65_HS1-834228961_62-HQ-83894_Section_9
Agency: FBI
Page 244
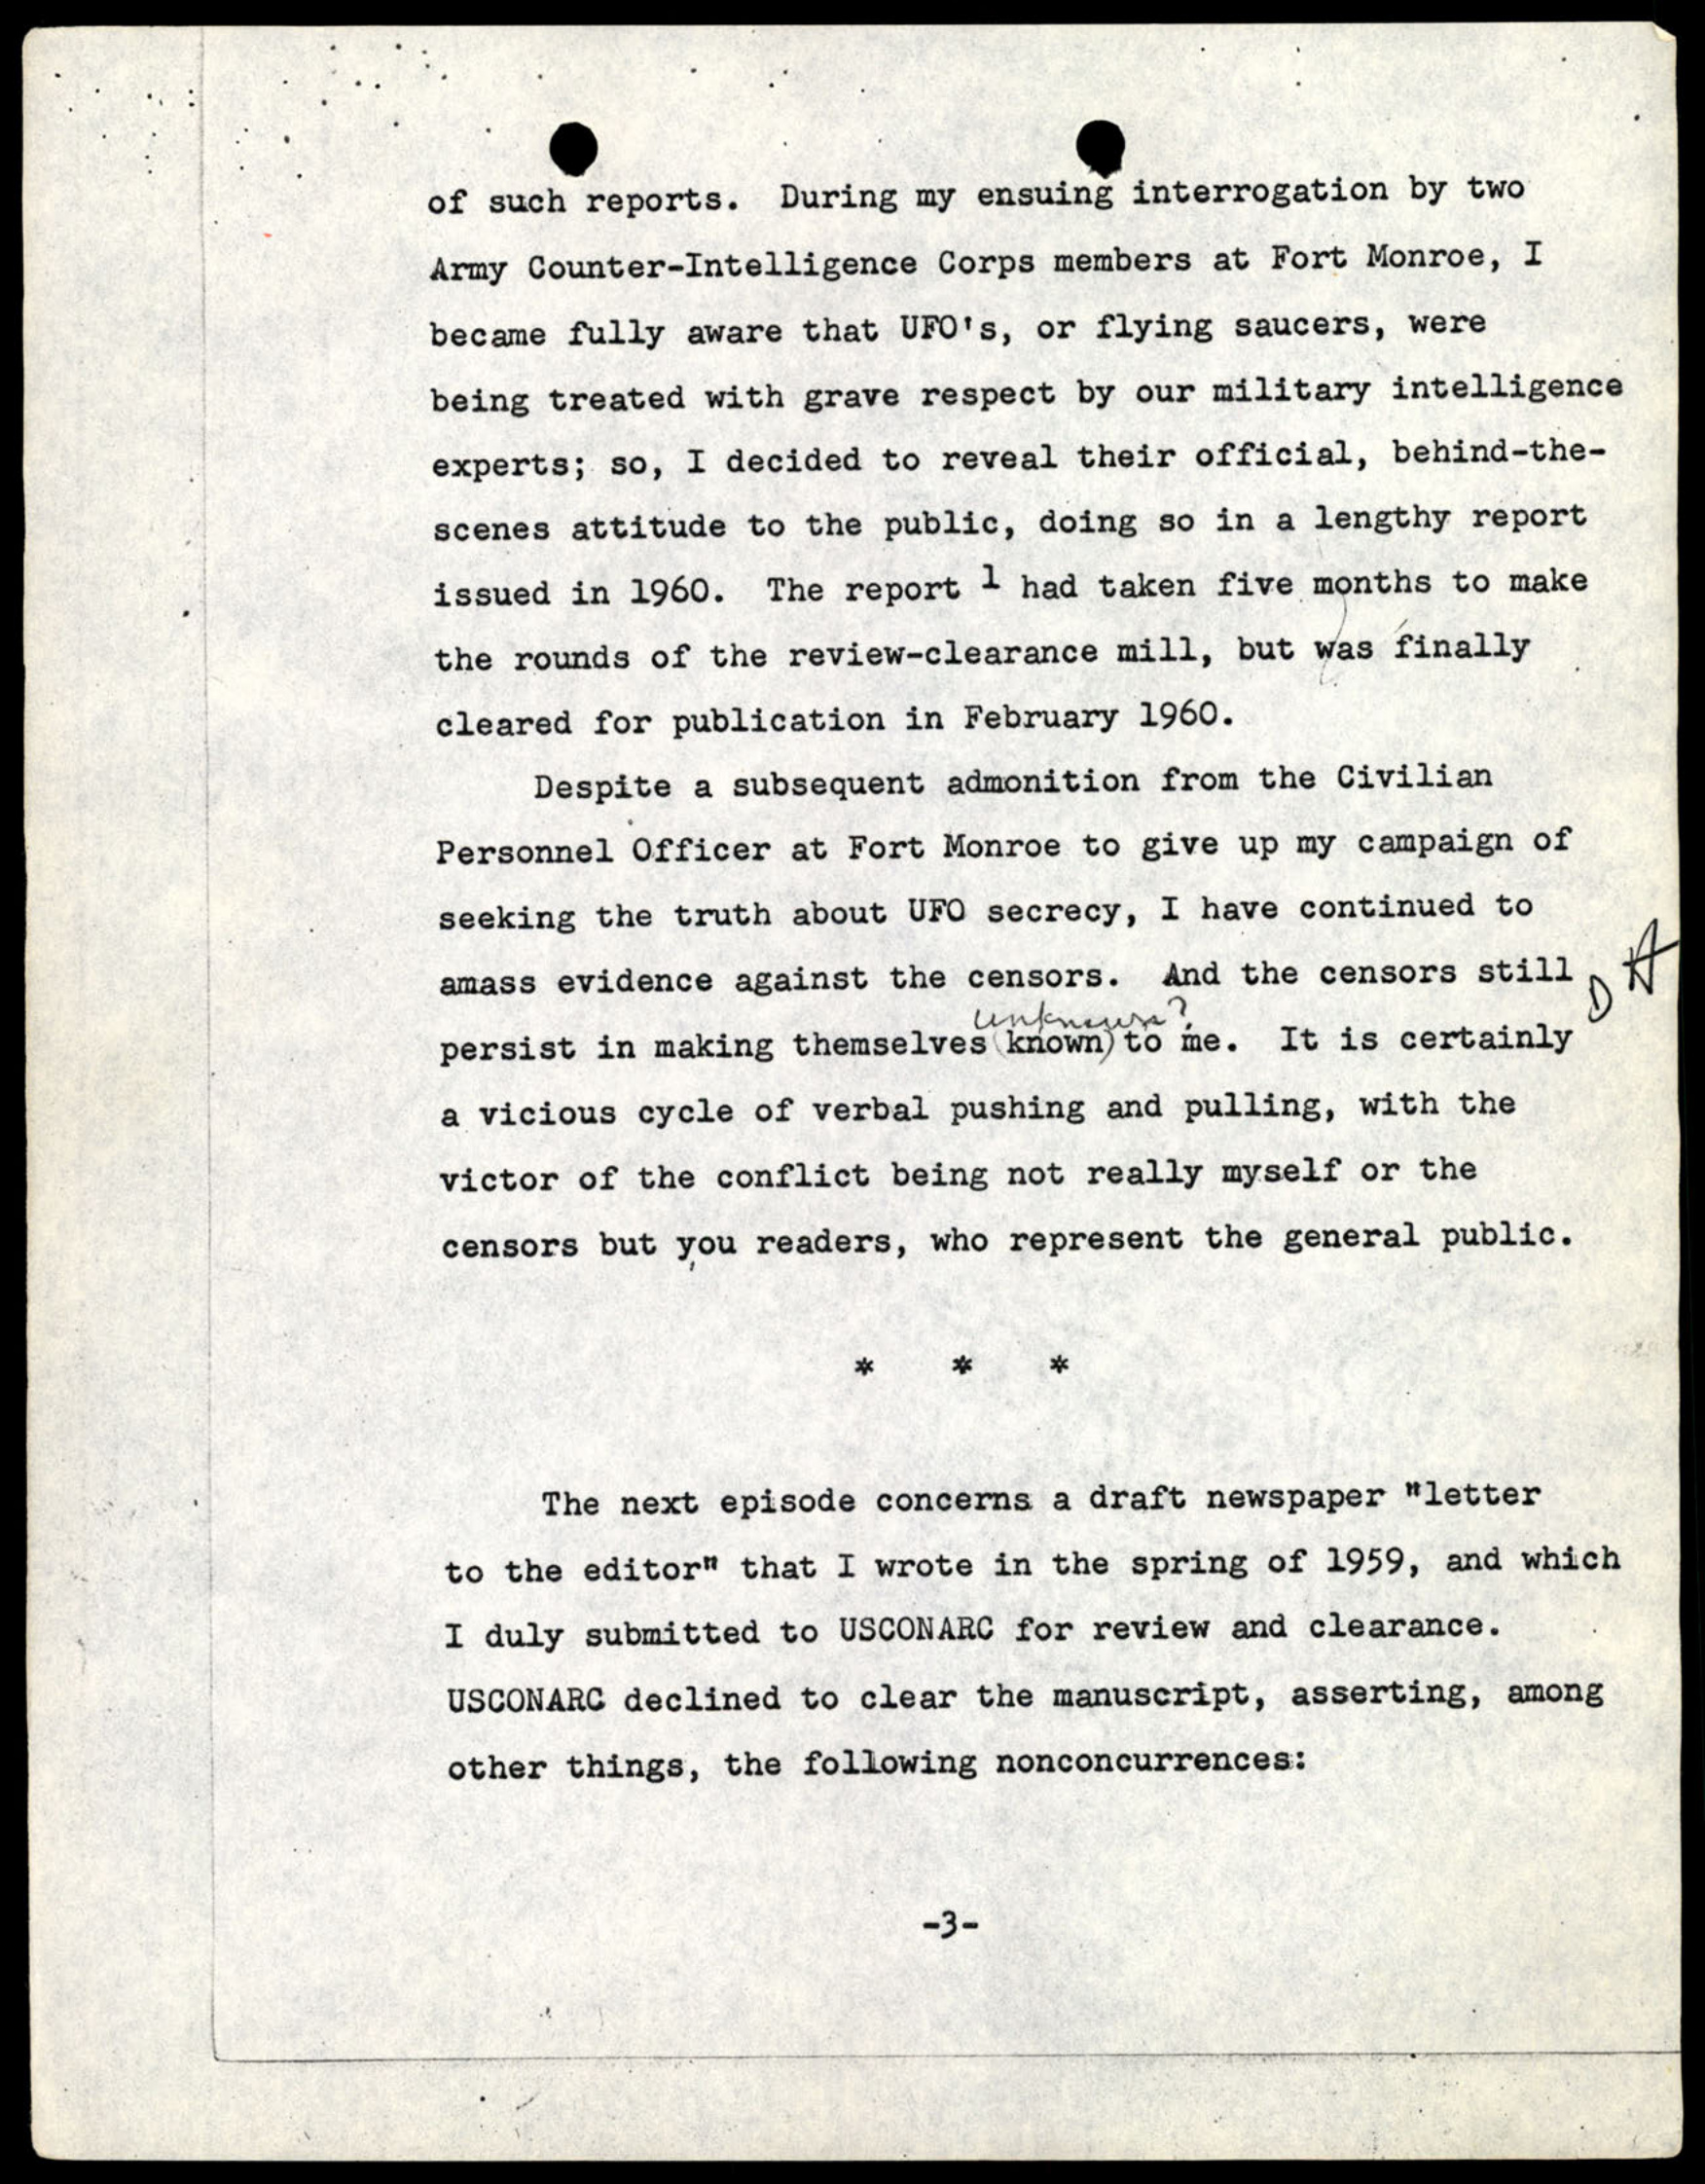